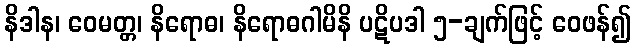
နိဒါန၊ ဝေမတ္တ၊ နိရောဓ၊ နိရောဓဂါမိနိ ပဋိပဒါ ၅-ချက်ဖြင့် ဝေဖန်၍